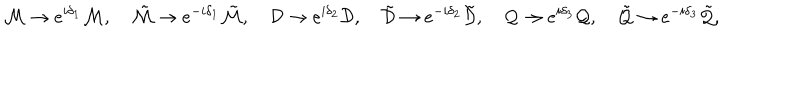
{ \cal M } \to e ^ { i \delta _ { 1 } } { \cal M } , \quad \tilde { \cal M } \to e ^ { - i \delta _ { 1 } } \tilde { \cal M } , \quad { \cal D } \to e ^ { i \delta _ { 2 } } { \cal D } , \quad \tilde { \cal D } \to e ^ { - i \delta _ { 2 } } \tilde { \cal D } , \quad { \cal Q } \to e ^ { i \delta _ { 3 } } { \cal Q } , \quad \tilde { \cal Q } \to e ^ { - i \delta _ { 3 } } \tilde { \cal Q } , \quad